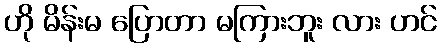
ဟို မိန်းမ ပြောတာ မကြားဘူး လား ဟင်